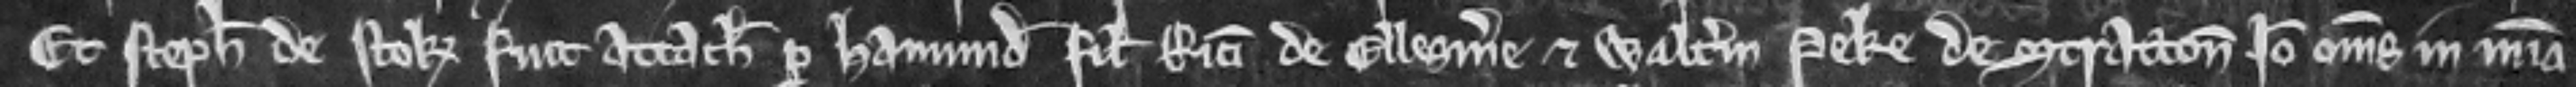
Et Stephanus de Stok fuit attachiatus per Hamundum filium Ricardi de Ellesmere et Walterum Peke de Stratton Ideo omnes in misericordia.